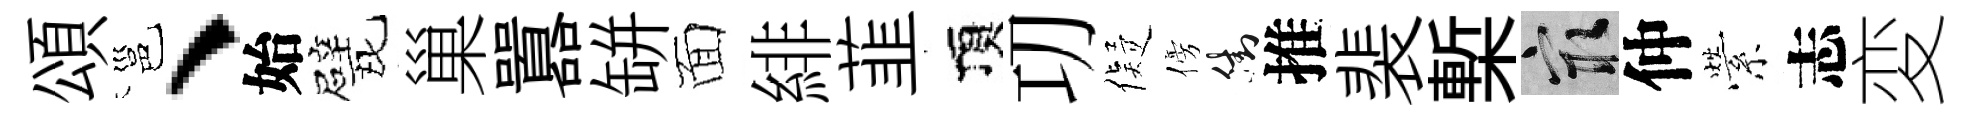
頌邕、始戏巢囂缾面緋韮頂㓛儗傍街推裴槧冣仲縈志変